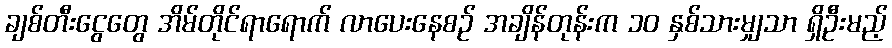
ချစ်တီးငွေတွေ အိမ်တိုင်ရာရောက် လာပေးနေစဉ် အချိန်တုန်းက ၁၀ နှစ်သားမျှသာ ရှိဦးမည့်